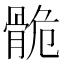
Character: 𩨾